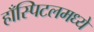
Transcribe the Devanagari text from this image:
हाँस्पिटलमध्ये